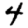
Digit: 4